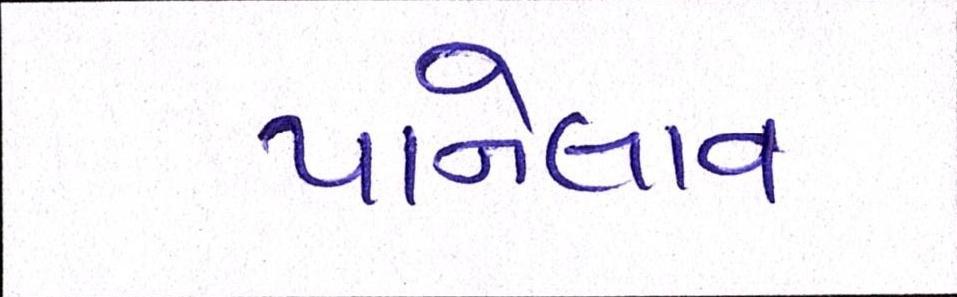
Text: પાનેલાવ